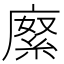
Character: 𢊨